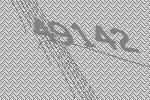
49142